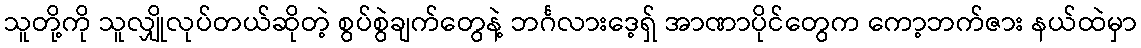
သူတို့ကို သူလျှိုလုပ်တယ်ဆိုတဲ့ စွပ်စွဲချက်တွေနဲ့ ဘင်္ဂလားဒေ့ရှ် အာဏာပိုင်တွေက ကော့ဘက်ဇား နယ်ထဲမှာ